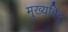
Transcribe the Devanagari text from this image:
मुख्यबिंदु